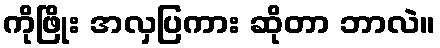
ကိုဖြိုး အလှပြကား ဆိုတာ ဘာလဲ။